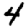
Digit: 4